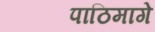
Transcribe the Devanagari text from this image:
पाठिमागे